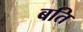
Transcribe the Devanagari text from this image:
बति